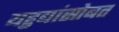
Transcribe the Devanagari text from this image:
यहुद्यांसोबत